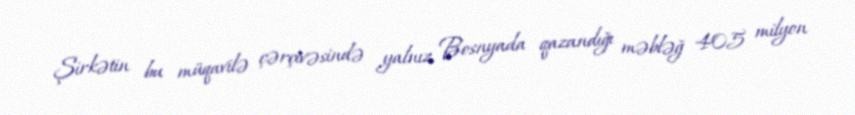
Şirkətin bu müqavilə çərçivəsində yalnız Bosnyada qazandığı məbləğ 405 milyon